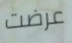
عرضت